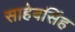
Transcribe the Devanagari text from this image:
साहेबसिंह